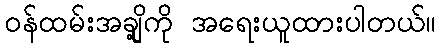
ဝန်ထမ်းအချို့ကို အရေးယူထားပါတယ်။